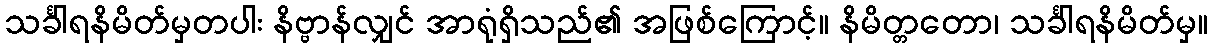
သင်္ခါရနိမိတ်မှတပါး နိဗ္ဗာန်လျှင် အာရုံရှိသည်၏ အဖြစ်ကြောင့်။ နိမိတ္တတော၊ သင်္ခါရနိမိတ်မှ။